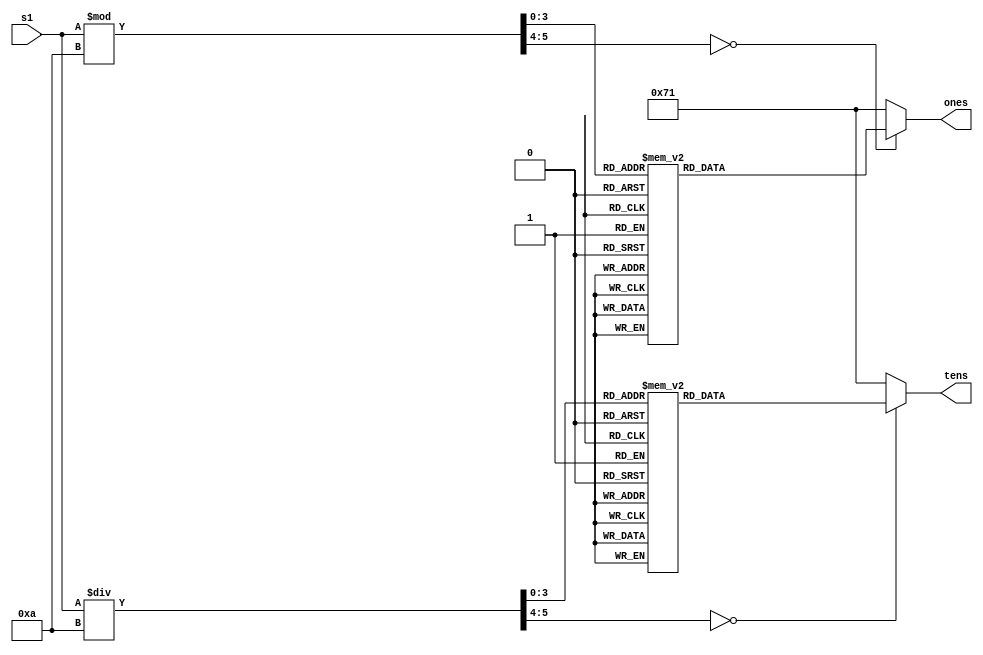
module Double_SevenSeg(s1, tens, ones);


input wire [5:0] s1;

output reg [6:0] tens;
output reg [6:0] ones;

reg [5:0] tensbcd;
reg [5:0] onesbcd;


always@ (s1) 
begin

onesbcd <= s1 % 10;
tensbcd <= s1 / 10;

case (onesbcd)

4'h0: ones = 7'b1000000; // 6,5,4,3,2,1,0 
4'h1: ones = 7'b1111001;
4'h2: ones = 7'b0100100;
4'h3: ones = 7'b0110000;
4'h4: ones = 7'b0011001;
4'h5: ones = 7'b0010010;
4'h6: ones = 7'b0000010;
4'h7: ones = 7'b1111000;
4'h8: ones = 7'b0000000;
4'h9: ones = 7'b0011000;
default: ones=7'b1110001;
endcase


case (tensbcd)

4'h0: tens = 7'b1000000;
4'h1: tens = 7'b1111001;
4'h2: tens = 7'b0100100;
4'h3: tens = 7'b0110000;
4'h4: tens = 7'b0011001;
4'h5: tens = 7'b0010010;
4'h6: tens = 7'b0000010;
4'h7: tens = 7'b1111000;
4'h8: tens = 7'b0000000;
4'h9: tens = 7'b0011000;
default: tens=7'b1110001;
endcase

end

endmodule